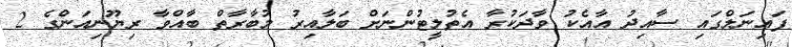
ފައިނަލްގައި ސާއިދު އާއެކު ވާދަކުރާ އެތުލީޓުންނަށް ބަލާއިރު މުބާރާތް ބާއްވާ ރިޔޫނިއަންގެ 2